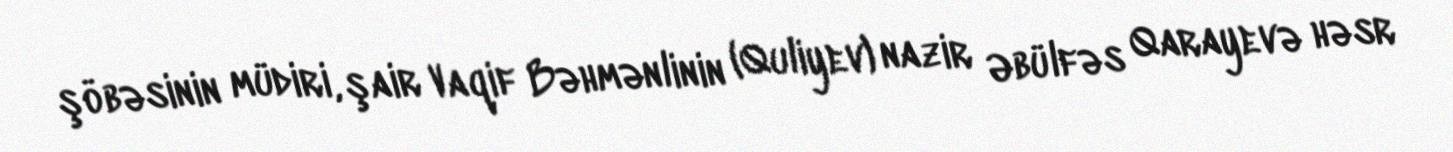
şöbəsinin müdiri, şair Vaqif Bəhmənlinin (Quliyev) nazir Əbülfəs Qarayevə həsr